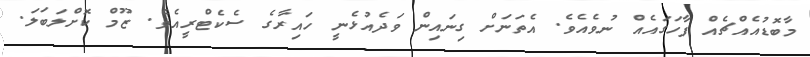
މާބޮޑުއެއްޗެއް ފާހަގައެއް ނުވެއެވެ. އެތަނަށް ގިނައިން ވަދެއުޅެނީ ހައިރާގެ ސެކެޓްރީއެވެ. ޒޫމް ކޮށްލަބަލަ.